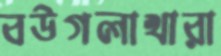
বউগলাখারা